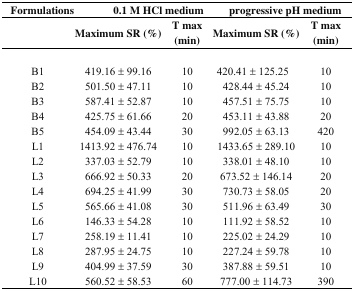
<table><thead><tr><td><b>Formulations</b></td><td><b>0.1 M HCl</b></td><td><b> medium</b></td><td><b>progressive pH</b></td><td><b> medium</b></td></tr><tr><td></td><td><b>Maximum SR (%)</b></td><td><b>T max (min)</b></td><td><b>Maximum SR (%)</b></td><td><b>T max (min)</b></td></tr></thead><tbody><tr><td>B1</td><td>419.16 ± 99.16</td><td>10</td><td>420.41 ± 125.25</td><td>10</td></tr><tr><td>B2</td><td>501.50 ± 47.11</td><td>10</td><td>428.44 ± 45.24</td><td>10</td></tr><tr><td>B3</td><td>587.41 ± 52.87</td><td>10</td><td>457.51 ± 75.75</td><td>10</td></tr><tr><td>B4</td><td>425.75 ± 61.66</td><td>20</td><td>453.11 ± 43.88</td><td>20</td></tr><tr><td>B5</td><td>454.09 ± 43.44</td><td>30</td><td>992.05 ± 63.13</td><td>420</td></tr><tr><td>L1</td><td>1413.92 ± 476.74</td><td>10</td><td>1433.65 ± 289.10</td><td>10</td></tr><tr><td>L2</td><td>337.03 ± 52.79</td><td>10</td><td>338.01 ± 48.10</td><td>10</td></tr><tr><td>L3</td><td>666.92 ± 50.33</td><td>20</td><td>673.52 ± 146.14</td><td>20</td></tr><tr><td>L4</td><td>694.25 ± 41.99</td><td>30</td><td>730.73 ± 58.05</td><td>20</td></tr><tr><td>L5</td><td>565.66 ± 41.08</td><td>30</td><td>511.96 ± 63.49</td><td>30</td></tr><tr><td>L6</td><td>146.33 ± 54.28</td><td>10</td><td>111.92 ± 58.52</td><td>10</td></tr><tr><td>L7</td><td>258.19 ± 11.41</td><td>10</td><td>225.02 ± 24.29</td><td>10</td></tr><tr><td>L8</td><td>287.95 ± 24.75</td><td>10</td><td>227.24 ± 59.78</td><td>10</td></tr><tr><td>L9</td><td>404.99 ± 37.59</td><td>30</td><td>387.88 ± 59.51</td><td>10</td></tr><tr><td>L10</td><td>560.52 ± 58.53</td><td>60</td><td>777.00 ± 114.73</td><td>390</td></tr></tbody></table>